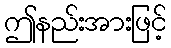
ဤနည်းအားဖြင့်